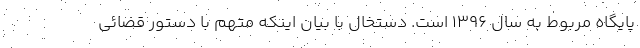
پایگاه مربوط به سال ۱۳۹۶ است. دستخال با بیان اینکه متهم با دستور قضائی